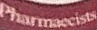
Pharmacists